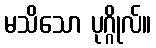
မသိသော ပုဂ္ဂိုလ်။